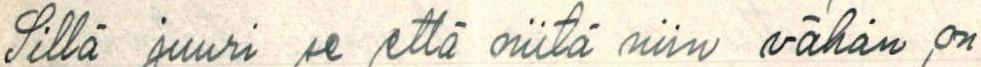
Sillä juuri se että niitä niin vähän on